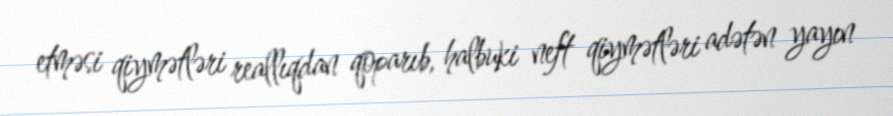
etməsi qiymətləri reallıqdan qoparıb, halbuki neft qiymətləri adətən yayın